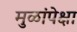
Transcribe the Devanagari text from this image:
मुळांपेक्षा